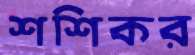
শশিকর